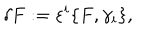
\delta F : = \varepsilon ^ { i } \{ F , \gamma _ { i } \} ,